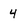
Character: 4